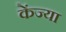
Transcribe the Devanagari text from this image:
केंज्या